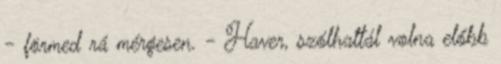
- förmed rá mérgesen. - Haver, szólhattál volna előbb